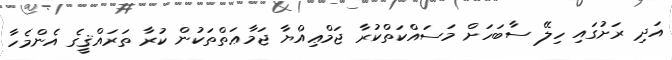
އަދި ރަށުގައި ހިލޭ ސާބަހަށް މަސައްކަތްކުރާ ޖަމްޢިއްޔާ ޖަމާޢަތްތަކުން ކުރާ ތަރައްޤީގެ އެންމެހާ